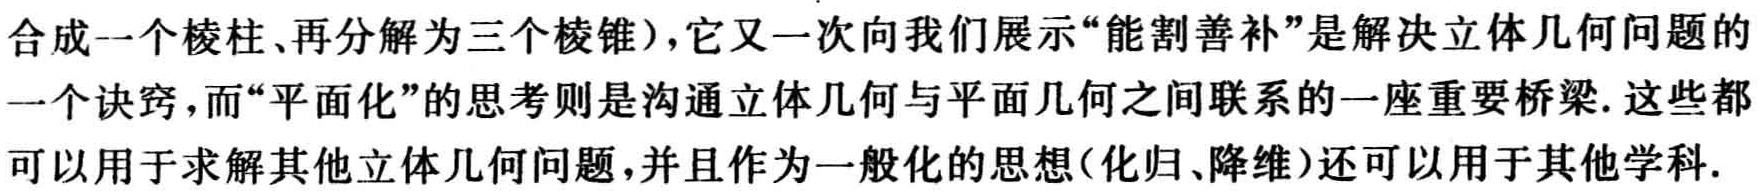
合成一个棱柱、再分解为三个棱锥），它又一次向我们展示“能割善补”是解决立体几何问题的一个诀窍，而“平面化”的思考则是沟通立体几何与平面几何之间联系的一座重要桥梁. 这些都可以用于求解其他立体几何问题，并且作为一般化的思想（化归、降维）还可以用于其他学科.